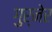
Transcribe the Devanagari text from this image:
गुर्नेर